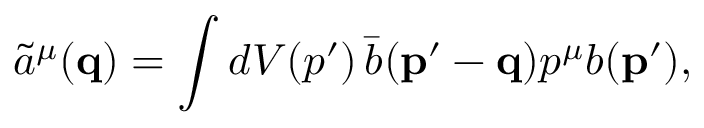
\tilde { a } ^ { \mu } ( { \mathbf { q } } ) = \int d V ( p ^ { \prime } ) \, \bar { b } ( { \mathbf { p ^ { \prime } - q } } ) p ^ { \mu } b ( { \mathbf { p ^ { \prime } } } ) ,